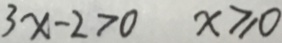
3 x - 2 > 0 x \geqslant 0